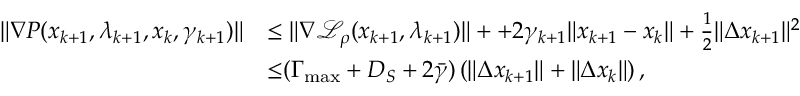
\begin{array} { r l } { \| \nabla P ( x _ { k + 1 } , \lambda _ { k + 1 } , x _ { k } , \gamma _ { k + 1 } ) \| } & { \leq \| \nabla { \mathcal { L } _ { \rho } } ( x _ { k + 1 } , \lambda _ { k + 1 } ) \| + + 2 { \gamma } _ { k + 1 } \| x _ { k + 1 } - x _ { k } \| + \frac { 1 } { 2 } \| \Delta x _ { k + 1 } \| ^ { 2 } } \\ & { { \overset { } { \leq } } ( \Gamma _ { \mathrm { m a x } } + D _ { S } + 2 \bar { \gamma } ) \left( \| \Delta x _ { k + 1 } \| + \| \Delta x _ { k } \| \right) , } \end{array}